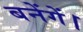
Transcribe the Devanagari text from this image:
बनेंगें।